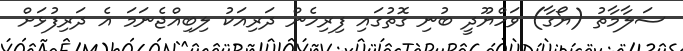
ސަލާމާތު (ޔޯގާ) ވަހްޔޫދީ ބުނި ގޮތުގައި ފިރިހެން ދަރިއަކު ލިބިއްޖެނަމަ އެ ދަރިފުޅަށް